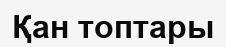
Қан топтары